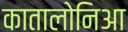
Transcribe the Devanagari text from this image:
कातालोनिआ